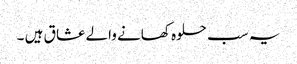
یہ سب حلوہ کھانے والے عشا ق ہیں ۔